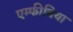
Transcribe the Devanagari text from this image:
एम्फीबिया